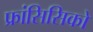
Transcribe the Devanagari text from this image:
फ्रांसिसिको